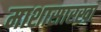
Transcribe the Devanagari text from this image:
माशासारखा